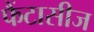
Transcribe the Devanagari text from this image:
फैंटासीज